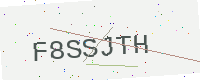
Text: F8SSJTH